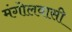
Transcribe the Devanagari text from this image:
मंगोलवासी